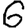
Digit: 6